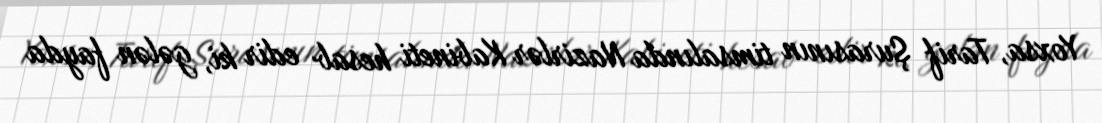
Yoxsa, Tarif Şurasının timsalında Nazirlər Kabineti hesab edir ki, gələn fayda